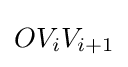
OV_{i}V_{i+1}